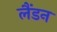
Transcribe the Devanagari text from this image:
लैंडन